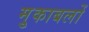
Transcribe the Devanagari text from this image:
मु्काबलों